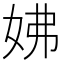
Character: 𡛯